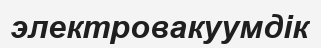
электровакуумдік